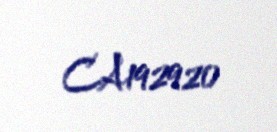
CA192920